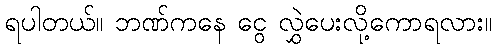
ရပါတယ်။ ဘဏ်ကနေ ငွေ လွှဲပေးလို့ကောရလား။